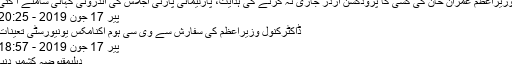
وزیراعظم عمران خان کی کسی کا پروڈکشن آرڈر جاری نہ کرنے کی ہدایت، پارلیمانی پارٹی اجلاس کی اندرونی کہانی سامنے آ گئی
پیر 17 جون 2019 - 20:25
ڈاکٹرکنول وزیراعظم کی سفارش سے وی سی ہوم اکنامکس یونیورسٹی تعینات
پیر 17 جون 2019 - 18:57
دہلیمقبوضہ کشمیردنیا